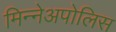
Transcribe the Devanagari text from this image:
मिन्नेअपोलिस